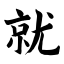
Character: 就